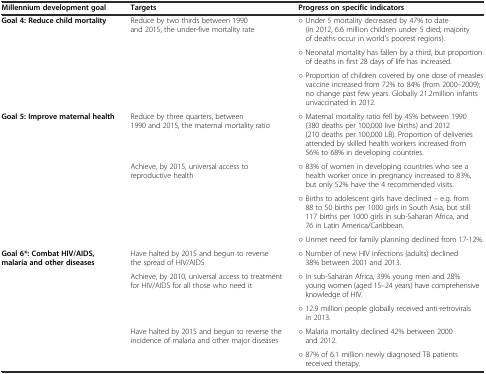
| Millennium development goal | Targets | Progress on specific indicators |
 | --- | --- | --- |
 | <ROWSPAN=3> Goal 4: Reduce child mortality | <ROWSPAN=3> Reduce by two thirds between 1990 and 2015, the under-five mortality rate | ○ Under 5 mortality decreased by 47% to date (in 2012, 6.6 million children under 5 died; majority of deaths occur in world’s poorest regions). |
 | ○ Neonatal mortality has fallen by a third, but proportion of deaths in first 28 days of life has increased. |
 | ○ Proportion of children covered by one dose of measles vaccine increased from 72% to 84% (from 2000–2009); no change past few years. Globally 21.2million infants unvaccinated in 2012. |
 | <ROWSPAN=4> Goal 5: Improve maternal health | Reduce by three quarters, between 1990 and 2015, the maternal mortality ratio | ○ Maternal mortality ratio fell by 45% between 1990 (380 deaths per 100,000 live births) and 2012 (210 deaths per 100,000 LB). Proportion of deliveries attended by skilled health workers increased from 56% to 68% in developing countries. |
 | Achieve, by 2015, universal access to reproductive health | ○ 83% of women in developing countries who see a health worker once in pregnancy increased to 83%, but only 52% have the 4 recommended visits. |
 | <ROWSPAN=2>  | ○ Births to adolescent girls have declined – e.g. from 88 to 50 births per 1000 girls in South Asia, but still 117 births per 1000 girls in sub-Saharan Africa, and 76 in Latin America/Caribbean. |
 | ○ Unmet need for family planning declined from 17-12%. |
 | <ROWSPAN=5> Goal 6*: Combat HIV/AIDS, malaria and other diseases | Have halted by 2015 and begun to reverse the spread of HIV/AIDS | ○ Number of new HIV infections (adults) declined 38% between 2001 and 2013. |
 | <ROWSPAN=2> Achieve, by 2010, universal access to treatment for HIV/AIDS for all those who need it | ○ In sub-Saharan Africa, 39% young men and 28% young women (aged 15–24 years) have comprehensive knowledge of HIV. |
 | ○ 12.9 million people globally received anti-retrovirals in 2013. |
 | <ROWSPAN=2> Have halted by 2015 and begun to reverse the incidence of malaria and other major diseases | ○ Malaria mortality declined 42% between 2000 and 2012. |
 | ○ 87% of 6.1 million newly diagnosed TB patients received therapy. |